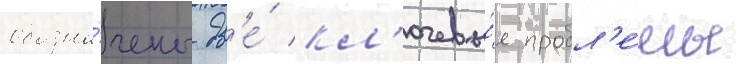
обозна́чены дв'е́ кл'ючевы́е пробл'е́мы